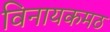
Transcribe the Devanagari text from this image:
विनायकमठ